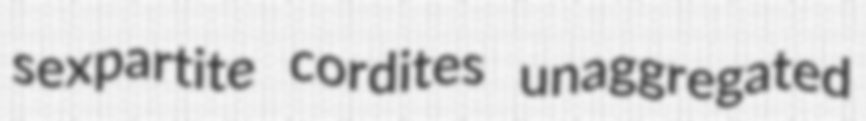
sexpartite cordites unaggregated